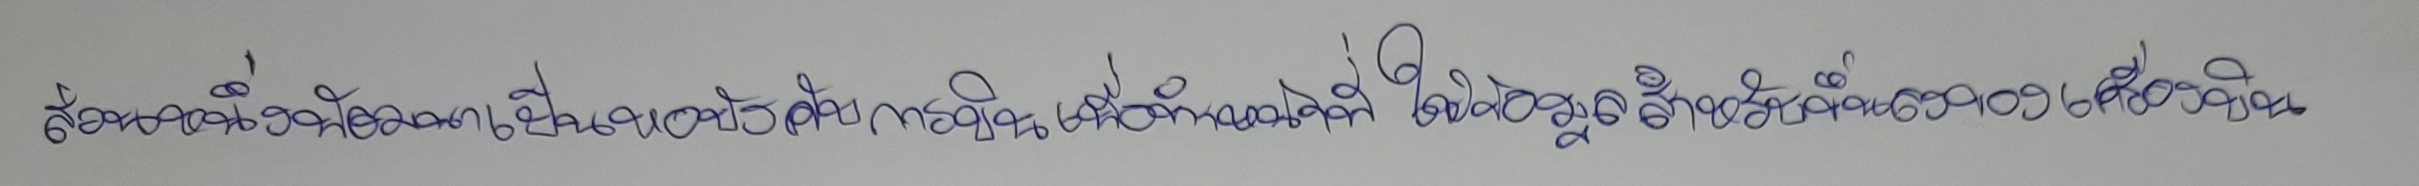
ส่วนหนึ่งพัฒนาเป็นหอบังคับการบินเพื่อทำหน้าที่ให้ข้อมูลสำหรับการขึ้นลงของเครื่องบิน